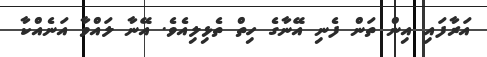
އަރާފައި އިން ތަން ފެނި އޭނާގެ ހިތް ތެޅިލިއެވެ. އޭނާ ލައްވާ އަނެއްކާ